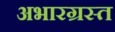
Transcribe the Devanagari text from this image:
अभारग्रस्त